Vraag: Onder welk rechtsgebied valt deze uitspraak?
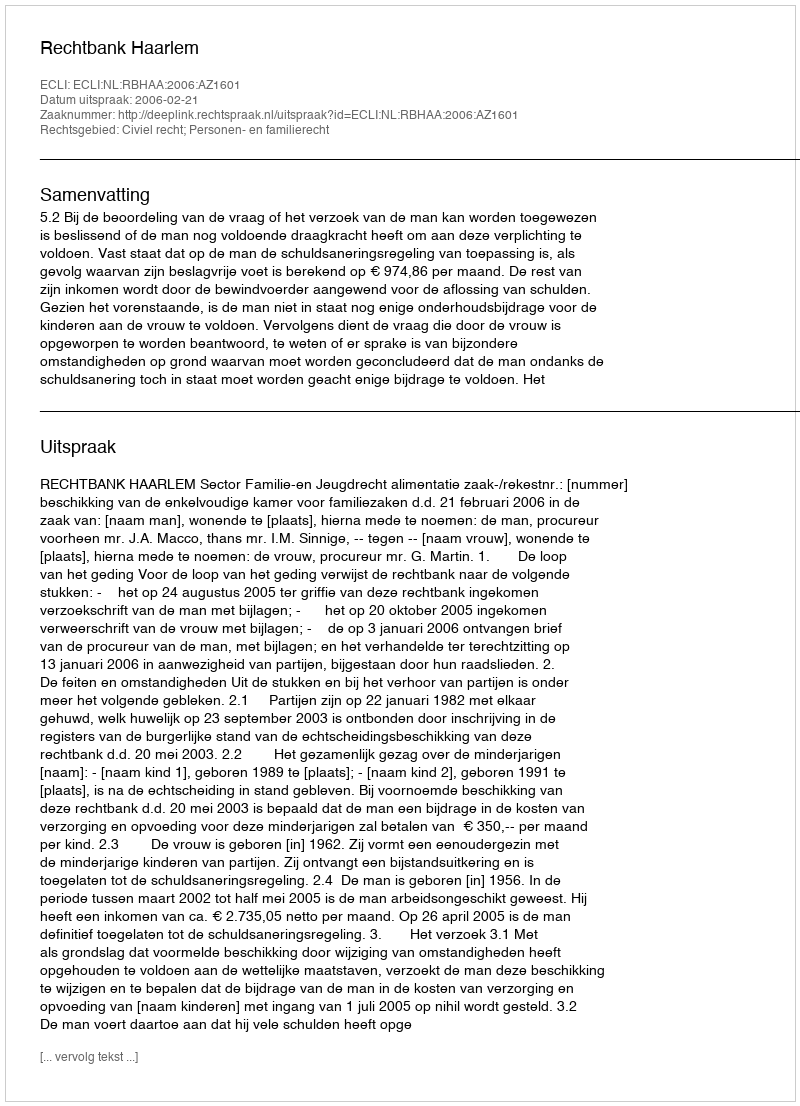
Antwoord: Civiel recht; Personen- en familierecht